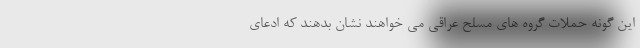
این گونه حملات گروه های مسلح عراقی می خواهند نشان بدهند که ادعای